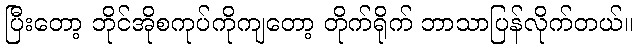
ပြီးတော့ ဘိုင်အိုစကုပ်ကိုကျတော့ တိုက်ရိုက် ဘာသာပြန်လိုက်တယ်။